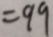
= 9 9